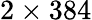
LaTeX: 2\times 384